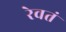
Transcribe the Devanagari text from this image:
रेवतं